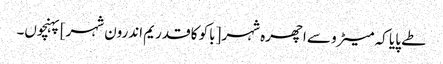
طے پایا کہ میٹرو سے اچھرہ شہر [باکو کا قدریم اندرون شہر] پہنچوں۔